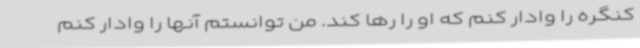
کنگره را وادار کنم که او را رها کند. من توانستم آنها را وادار کنم